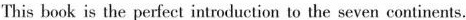
This book is the perfect introduction to the seven continents.